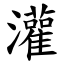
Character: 灌